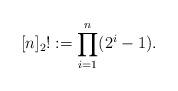
LaTeX: \begin{align*}[n]_2!:=\prod_{i=1}^n (2^i -1).\end{align*}